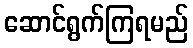
ဆောင်ရွက်ကြရမည်